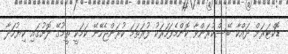
ޑޮކްޓަރަށް ދައްކާ ބޭސްކުރަންވާ ކޮންމެފަހަރަކު ފުރަތަމަ ކުރަންޖެހޭނޭ ކަމަކީ ތީމުގޭ ދޮށުގައި ކިޔުހަދާ